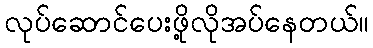
လုပ်ဆောင်ပေးဖို့လိုအပ်နေတယ်။